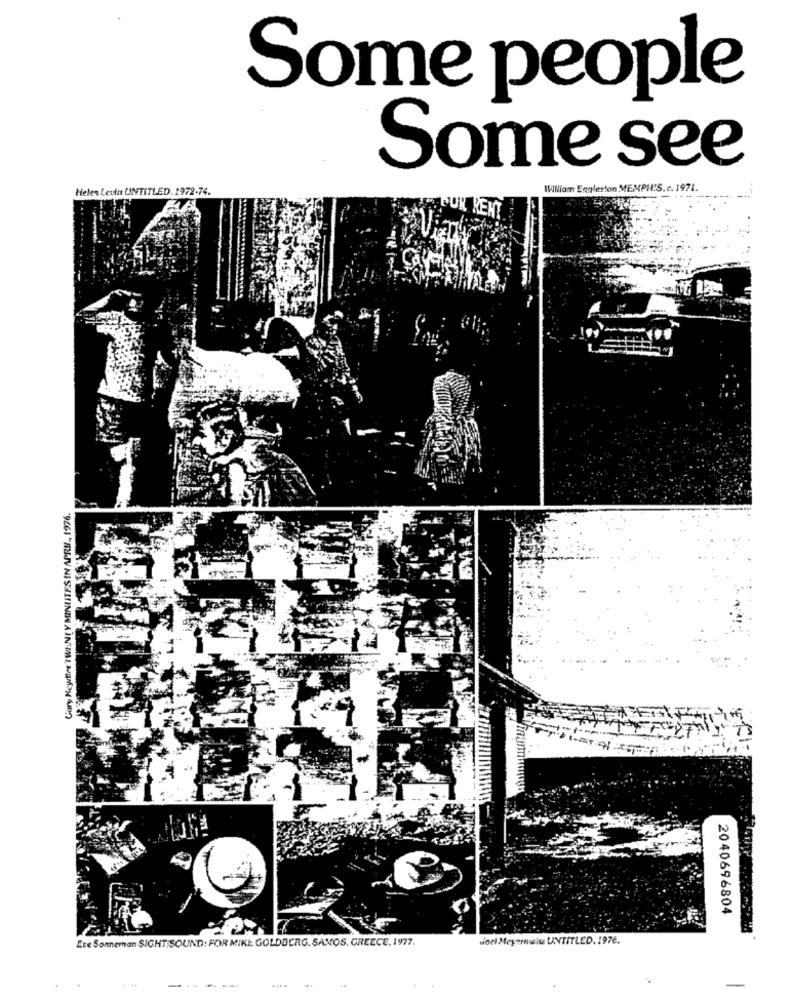
Some people
Some see
Helen Leuth UNTITLED. 2972-74.
IVNiom Englerton MEMPHIS. c. 1971.
POK RENT
Gary Keytter TWENTY MINUTES IN APRU ., 1976.
2040696804
Ere Sonneman SIGHT SOUND: FOR MIKE GOLDBERG. SAMOS, GREECE, 1977.
Joel Meyerwelu UNTITLED. 1976.
------
-